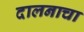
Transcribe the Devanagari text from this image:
दालनाचा